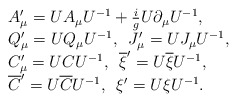
\begin{align*}\begin{array}{l}A'_{\mu}=UA_{\mu}U^{-1}+\frac ig U\partial _{\mu}U^{-1},\\Q'_{\mu}=UQ_{\mu}U^{-1},\,\,\, J'_{\mu}=UJ_{\mu}U^{-1},\\C'_{\mu}=UCU^{-1},\,\,\, \overline{\xi}'=U\overline{\xi}U^{-1},\\\overline{C}'=U\overline{C}U^{-1},\,\,\, \xi '=U\xi U^{-1}.\end{array}\end{align*}